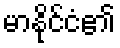
မာနိုင်ငံ၏